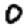
Digit: 0